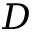
D